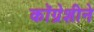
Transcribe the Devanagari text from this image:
कॉग्रेशीने